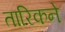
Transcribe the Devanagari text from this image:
तारिकने